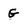
Character: g